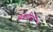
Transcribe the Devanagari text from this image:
मेवाड़ियों